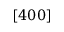
[ 4 0 0 ]